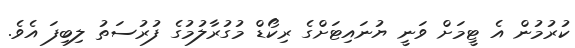
ކުރުމުން އެ ޓީމަށް ވަނީ ޔުނައިޓަށްގެ ރިކޯޑް މުގުރާލުމުގެ ފުރުސަތު ލިބިފަ އެވެ.